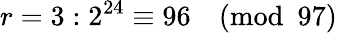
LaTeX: r=3:2^{24}\equiv 96{\pmod{97}}